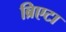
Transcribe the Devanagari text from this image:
ब्रिएटा